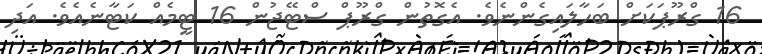
16 ގްރޫޕަކަށް ބަހާލައިގެންނެވެ. އެގޮތުން ގްރޫޕް ސްޓޭޖުން 16 ޓީމެއް ކަޓާނެއެވެ. އަދި